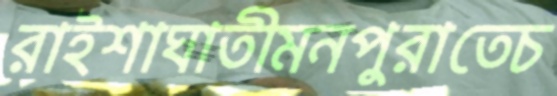
রাইশাঘাতীমনপুরাতেচ